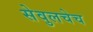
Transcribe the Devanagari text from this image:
सेवुलचेच